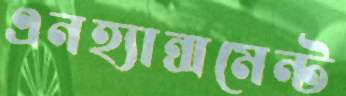
এনহ্যান্সমেন্ট